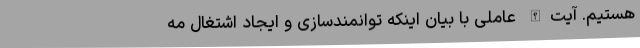
هستیم. آیت‌الله عاملی با بیان اینکه توانمندسازی و ایجاد اشتغال مه